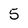
Character: 5